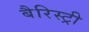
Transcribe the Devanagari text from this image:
बैरिस्ट्री